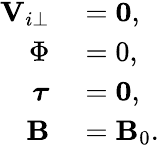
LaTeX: \begin{array}{rl}{{\mathbf V}_{i\perp}}&{{}=\mathbf{0},}\\ {\Phi}&{{}={0},}\\ {\boldsymbol{\tau}}&{{}=\mathbf{0},}\\ {\mathbf B}&{{}=\mathbf B_{0}.}\end{array}